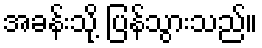
အခန်းသို့ ပြန်သွားသည်။